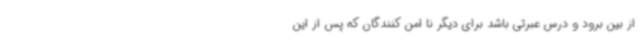
از بین برود و درس عبرتی باشد برای دیگر نا امن کنندگان که پس از این